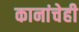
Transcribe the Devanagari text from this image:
कानांचेही